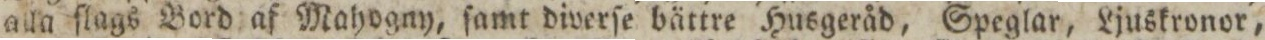
alla flags Bord af Mahogny, ſamt diverſe bättre Husgeråd, Speglar, Ljuskronor,